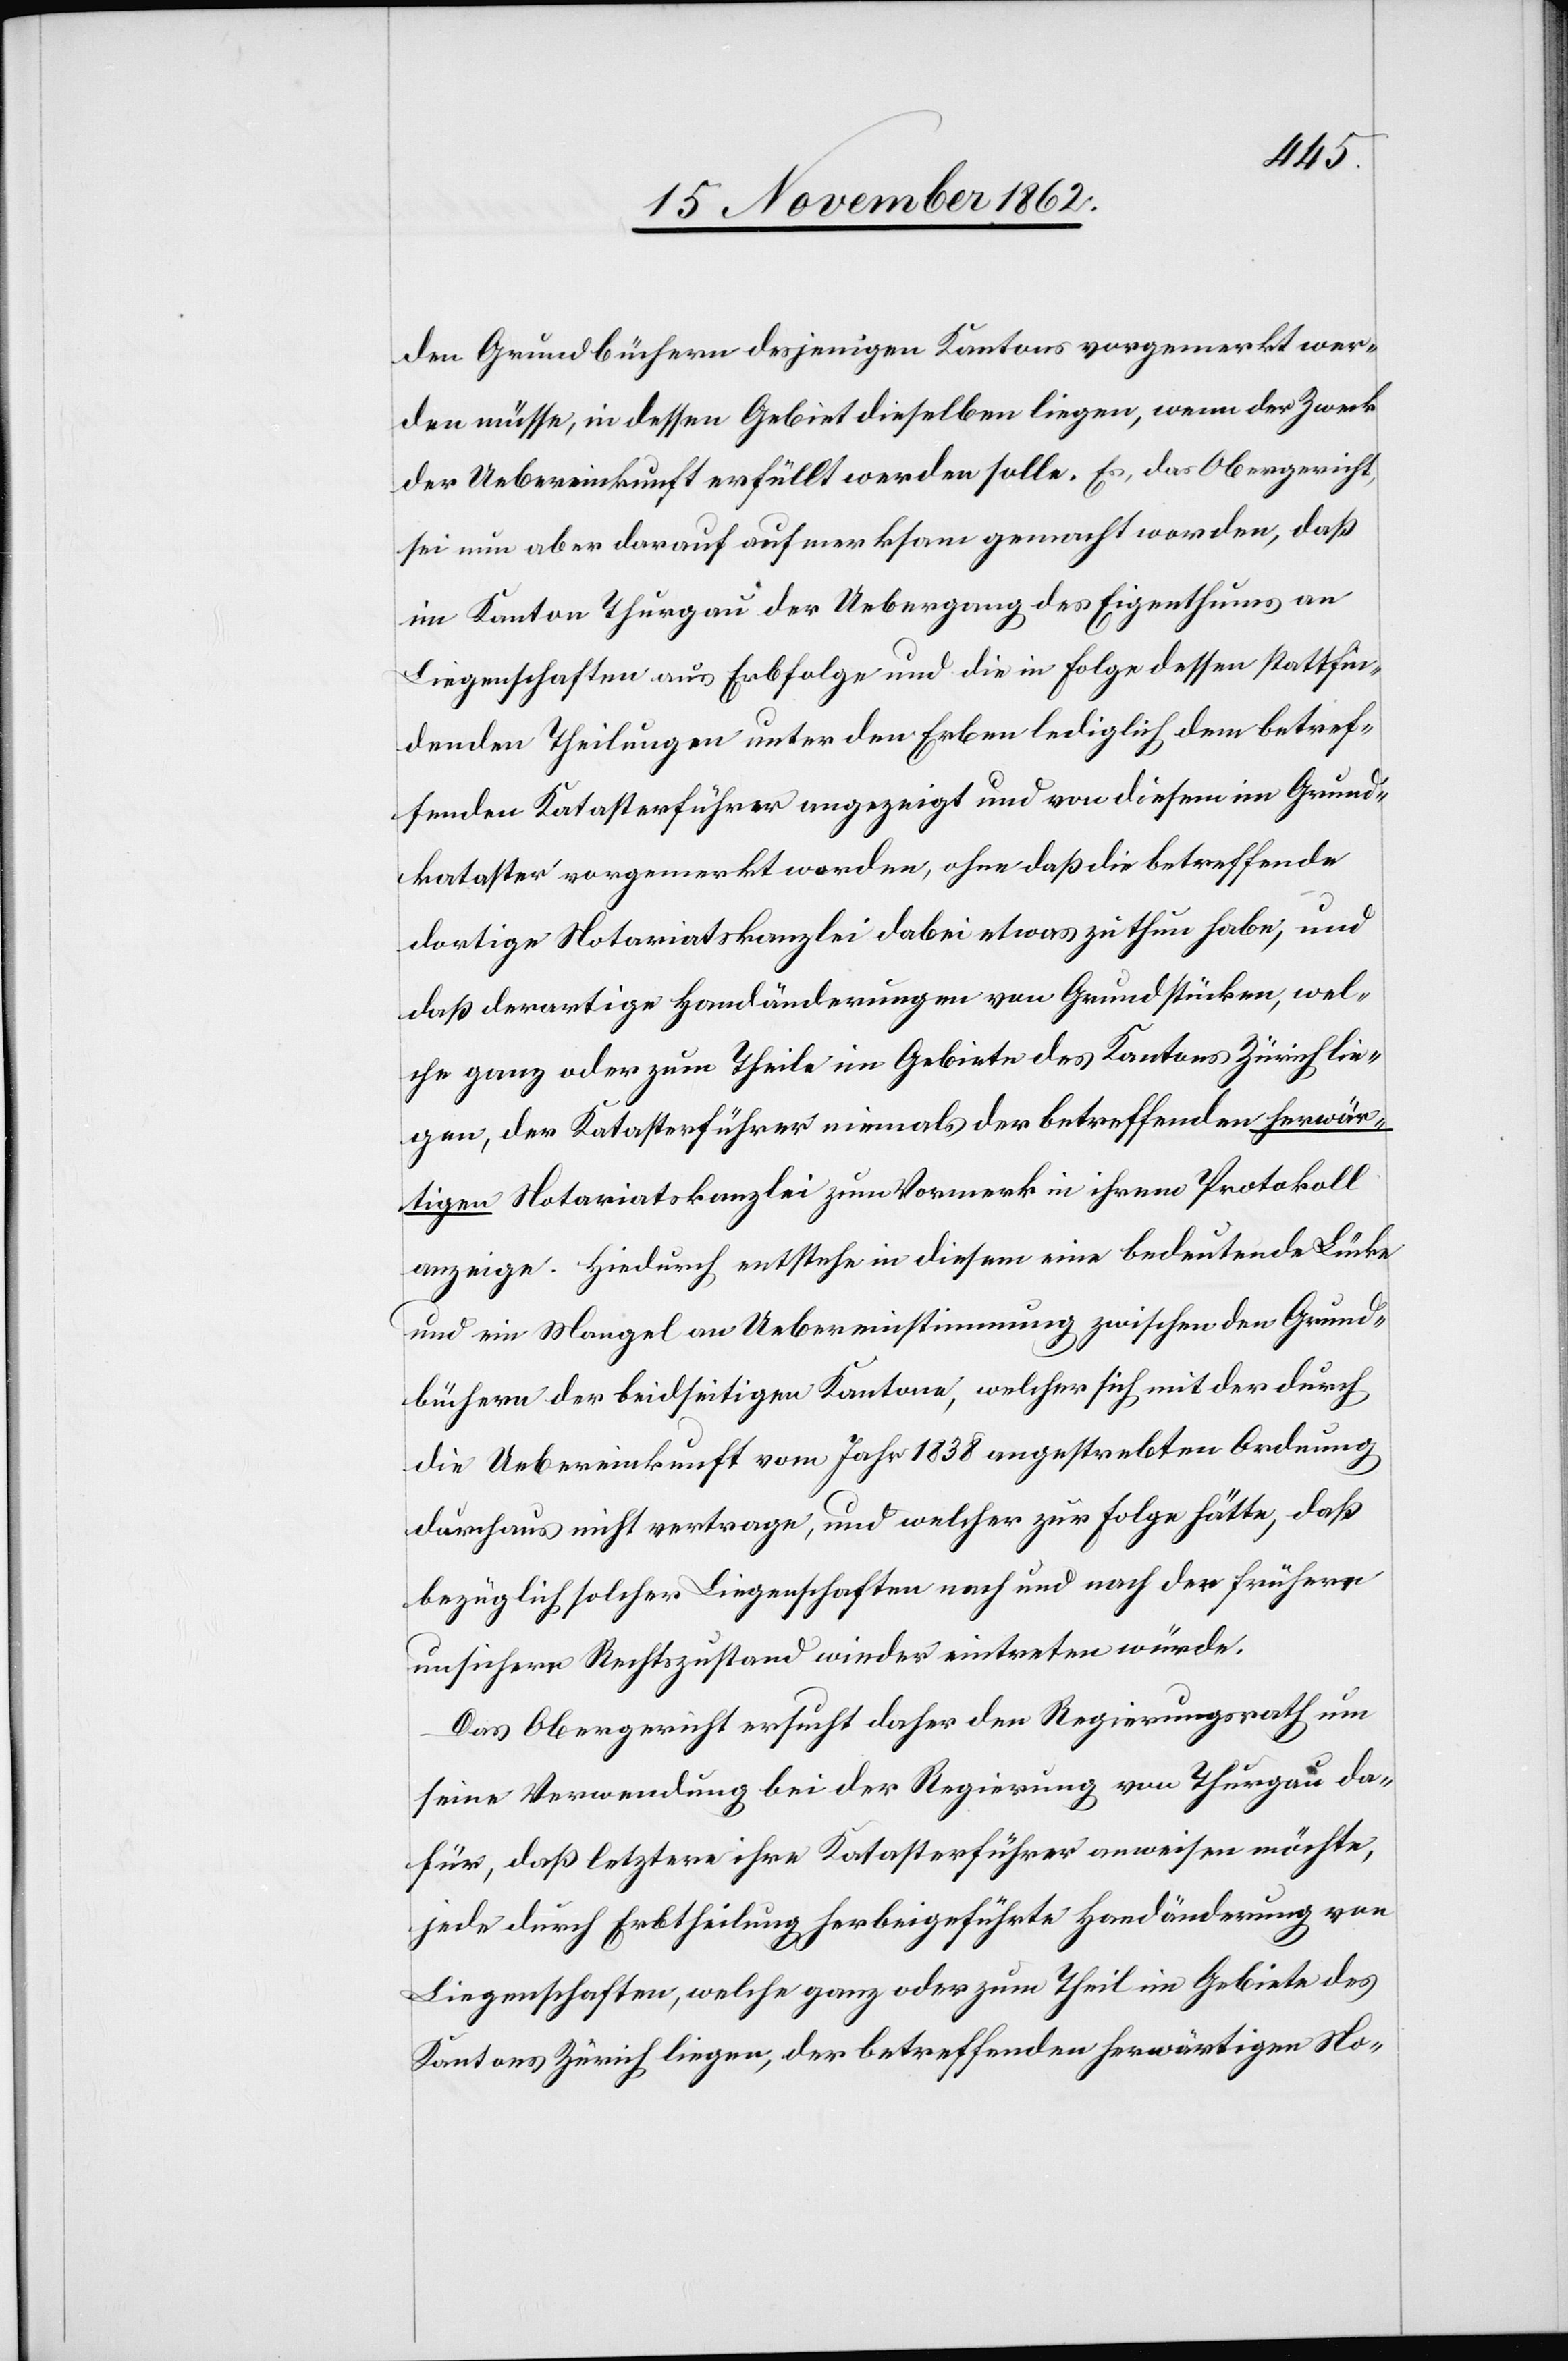
den Grundbüchern desjenigen Kantons vorgemerkt wer¬
den müsse, in dessen Gebiet dieselben liegen, wenn der Zweck
der Uebereinkunft erfüllt werden solle. Es, das Obergericht,
sei nun aber darauf aufmerksam gemacht worden, daß
im Kanton Thurgau der Uebergang des Eigenthums an
Liegenschaften aus Erbfolge und die in Folge dessen stattfin¬
denden Theilungen unter den Erben lediglich dem betref¬
fenden Katasterführer angezeigt und von diesem im Grund¬
kataster vorgemerkt worden, ohne daß die betreffende
dortige Notariatskanzlei dabei etwas zu thun habe, und
daß derartige Handänderungen von Grundstücken, wel¬
che ganz oder zum Theile im Gebiete des Kantons Zürich lie¬
gen, der Katasterführer niemals der betreffenden herwär¬
tigen Notariatskanzlei zum Vormerk in ihrem Protokoll
anzeige. Hiedurch entstehe in diesem eine bedeutende Lücke
und ein Mangel an Uebereinstimmung zwischen den Grund¬
büchern der beidseitigen Kantone, welcher sich mit der durch
die Uebereinkunft vom Jahr 1838 angestrebten Ordnung
durchaus nicht vertrage, und welcher zur Folge hätte, daß
bezüglich solcher Liegenschaften nach und nach der frühere
unsichere Rechtszustand wieder eintreten würde.
Das Obergericht ersucht daher den Regierungsrath um
seine Verwendung bei der Regierung von Thurgau da¬
für, daß letztere ihre Katasterführer anweisen möchte,
jede durch Erbtheilung herbeigeführte Handänderung von
Liegenschaften, welche ganz oder zum Theil im Gebiete des
Kantons Zürich liegen, der betreffenden herwärtigen No-